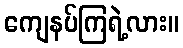
ကျေနပ်ကြရဲ့လား။